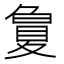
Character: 𡕳